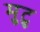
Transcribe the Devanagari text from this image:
मुटु